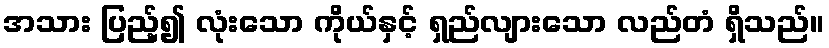
အသား ပြည့်၍ လုံးသော ကိုယ်နှင့် ရှည်လျားသော လည်တံ ရှိသည်။